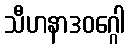
သီဟနာဒဝဂ္ဂေါ